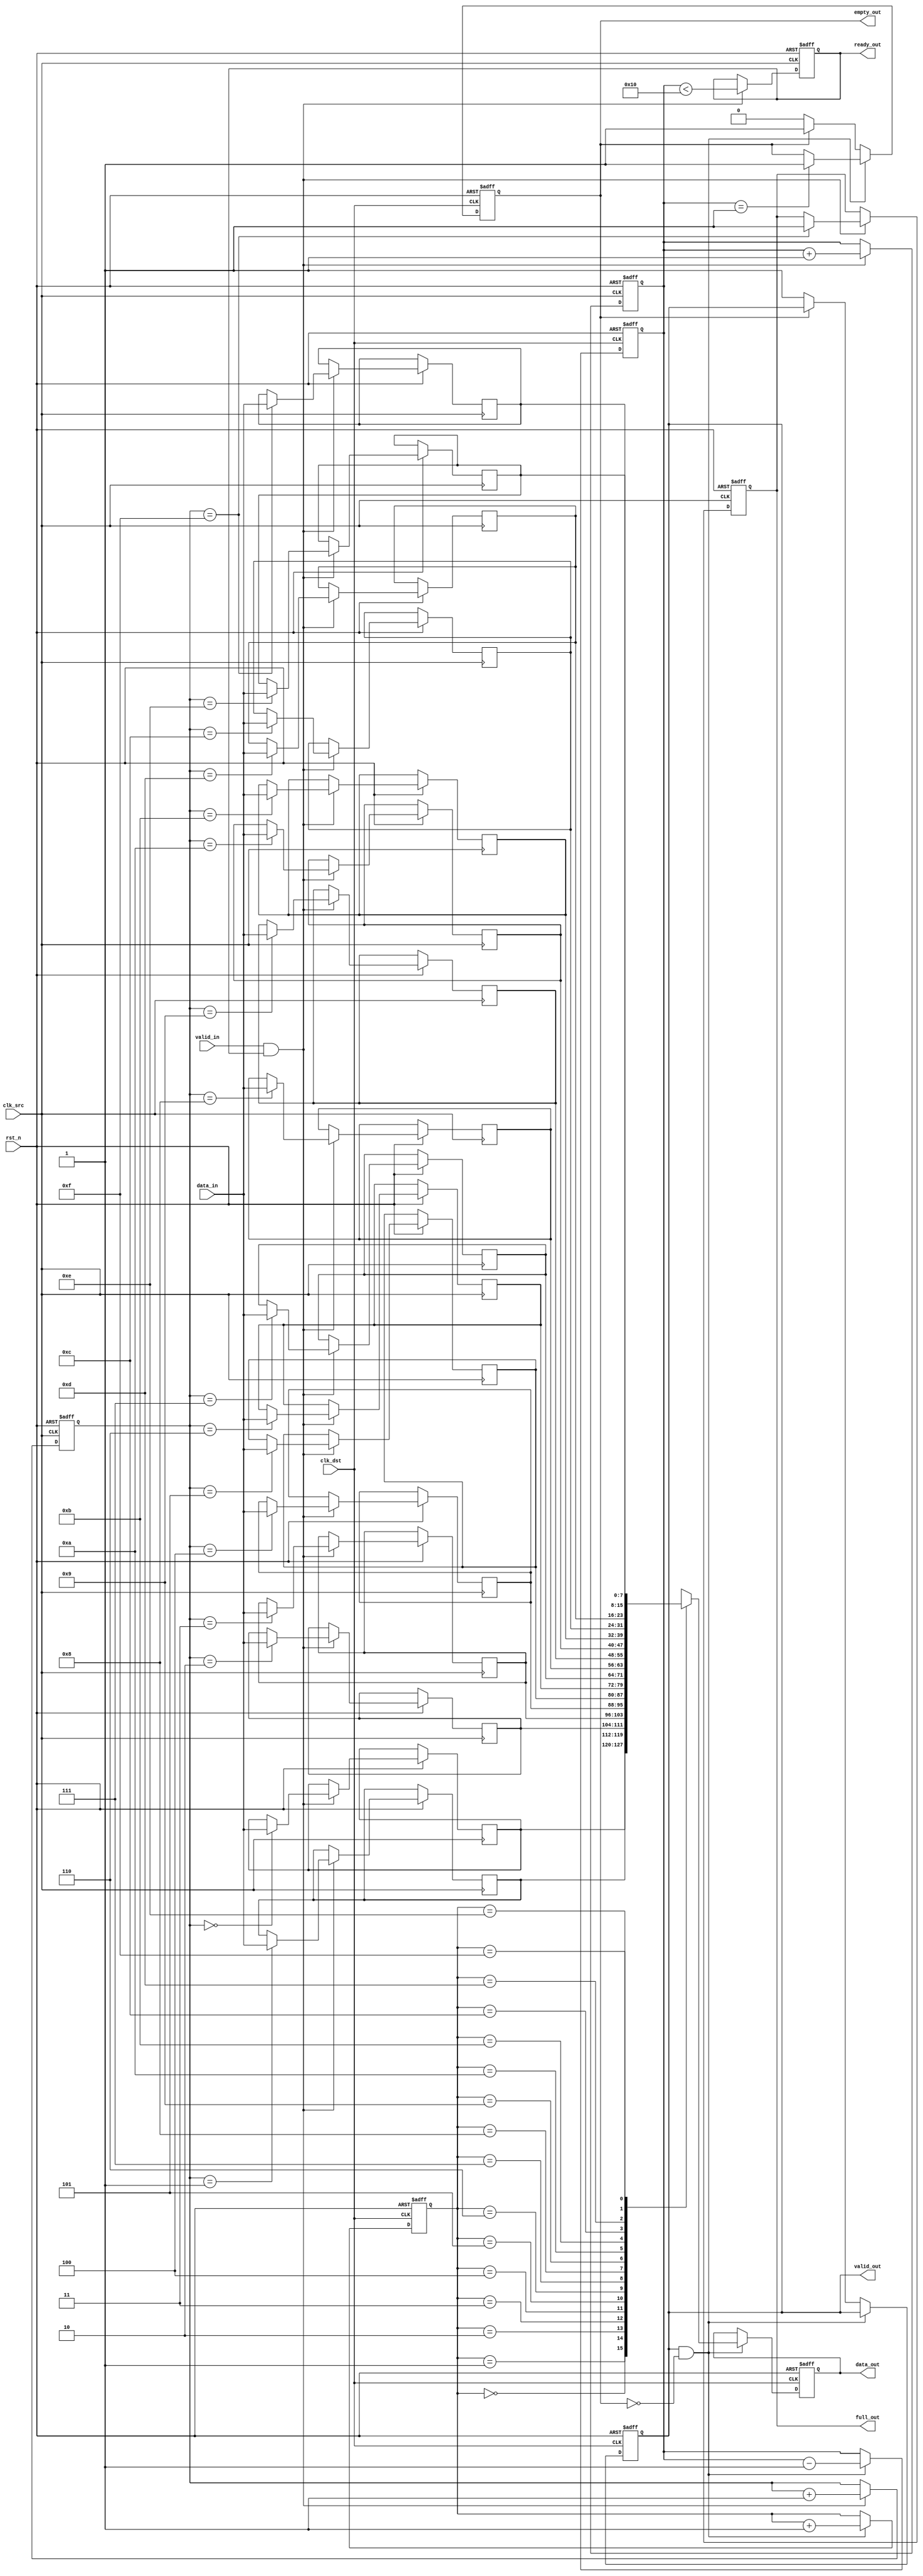
module burst_mode_synchronizer #(
    parameter DATA_WIDTH = 8,       // Width of the data
    parameter FIFO_DEPTH = 16        // Depth of the FIFO buffer
)(
    input wire clk_src,              // Source clock
    input wire clk_dst,              // Destination clock
    input wire rst_n,                // Active low reset
    input wire [DATA_WIDTH-1:0] data_in, // Data input from source clock domain
    input wire valid_in,             // Input data valid signal
    output reg ready_out,            // Output ready signal for source
    output reg [DATA_WIDTH-1:0] data_out, // Data output to destination clock domain
    output reg valid_out,            // Output data valid signal
    output reg empty_out,            // FIFO empty indicator
    output reg full_out              // FIFO full indicator
);

    // FIFO buffer
    reg [DATA_WIDTH-1:0] fifo [0:FIFO_DEPTH-1];
    reg [3:0] wr_ptr;                // Write pointer
    reg [3:0] rd_ptr;                // Read pointer
    reg [4:0] count;                 // Number of elements in FIFO

    // Synchronization registers
    reg [DATA_WIDTH-1:0] sync_data;
    reg sync_valid;

    // Write logic (Source clock domain)
    always @(posedge clk_src or negedge rst_n) begin
        if (!rst_n) begin
            wr_ptr <= 0;
            count <= 0;
            ready_out <= 1;
            full_out <= 0;
        end else if (valid_in && ready_out) begin
            fifo[wr_ptr] <= data_in;
            wr_ptr <= wr_ptr + 1;
            if (wr_ptr == FIFO_DEPTH - 1)
                full_out <= 1;
            count <= count + 1;
            ready_out <= (count < FIFO_DEPTH);
        end
    end

    // Read logic (Destination clock domain)
    always @(posedge clk_dst or negedge rst_n) begin
        if (!rst_n) begin
            rd_ptr <= 0;
            count <= 0;
            data_out <= 0;
            valid_out <= 0;
            empty_out <= 1;
        end else if (valid_out && !empty_out) begin
            data_out <= fifo[rd_ptr];
            rd_ptr <= rd_ptr + 1;
            count <= count - 1;
            if (count == 1)
                empty_out <= 1;
        end else if (!empty_out) begin
            valid_out <= 1;
            empty_out <= 0;
        end
    end

    // Synchronize data and valid signal
    always @(posedge clk_dst or negedge rst_n) begin
        if (!rst_n) begin
            sync_data <= 0;
            sync_valid <= 0;
        end else begin
            sync_data <= fifo[rd_ptr];
            sync_valid <= !empty_out;
        end
    end

endmodule